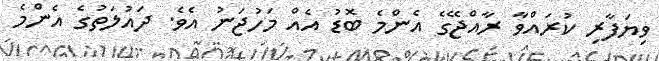
ވިޔަފާރި ކުރައްވާ ރާއްޖޭގެ އެންމެ ބޮޑު އެއް މަހުޖަނު އެވެ. ދައުލަތުގެ އެންމެ